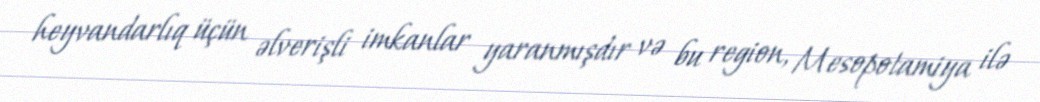
heyvandarlıq üçün əlverişli imkanlar yaranmışdır və bu region, Mesopotamiya ilə